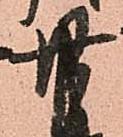
廿